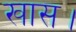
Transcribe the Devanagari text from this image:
खास।